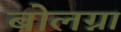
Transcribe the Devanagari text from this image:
बोलग्ना